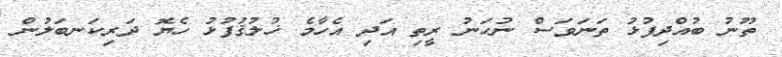
ތޫނު ބުއްދިފުޅު ތަނަވަސް ނުހަނު ރީތި އަދި އެހާމެ ޚުލުޤުފުޅު ހެޔޮ ދަރިކަނބަލުން